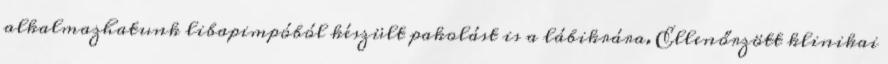
alkalmazhatunk libapimpóból készült pakolást is a lábikrára. Ellenőrzött klinikai